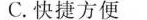
C.快捷方便